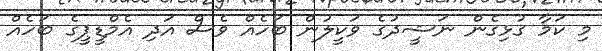
މި ކަމާ ގުޅިގެން ނަޝީދުގެ ވަކީލުން ބަހެއް ވެސް އަދި އެމްޑީޕީގެ ބަހެއް